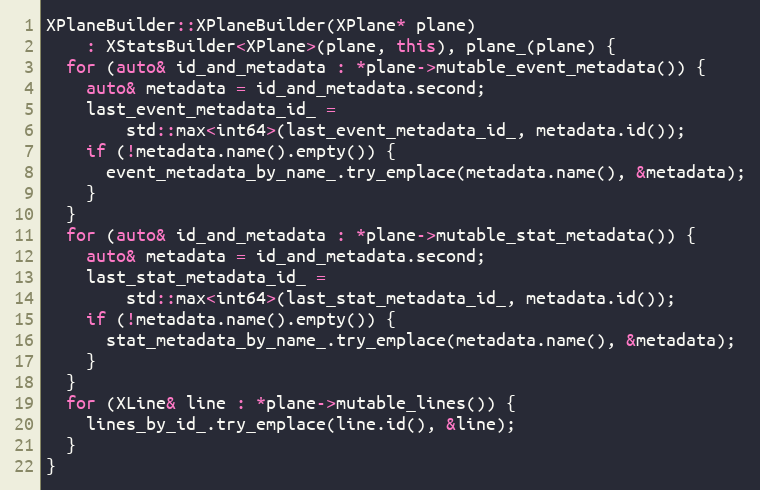
Language: C++
XPlaneBuilder::XPlaneBuilder(XPlane* plane)
    : XStatsBuilder<XPlane>(plane, this), plane_(plane) {
  for (auto& id_and_metadata : *plane->mutable_event_metadata()) {
    auto& metadata = id_and_metadata.second;
    last_event_metadata_id_ =
        std::max<int64>(last_event_metadata_id_, metadata.id());
    if (!metadata.name().empty()) {
      event_metadata_by_name_.try_emplace(metadata.name(), &metadata);
    }
  }
  for (auto& id_and_metadata : *plane->mutable_stat_metadata()) {
    auto& metadata = id_and_metadata.second;
    last_stat_metadata_id_ =
        std::max<int64>(last_stat_metadata_id_, metadata.id());
    if (!metadata.name().empty()) {
      stat_metadata_by_name_.try_emplace(metadata.name(), &metadata);
    }
  }
  for (XLine& line : *plane->mutable_lines()) {
    lines_by_id_.try_emplace(line.id(), &line);
  }
}